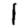
Digit: 1